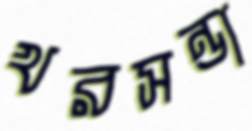
খরসন্ডা